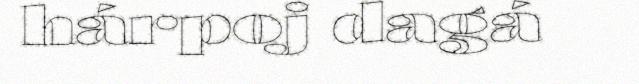
hárpoj dagá